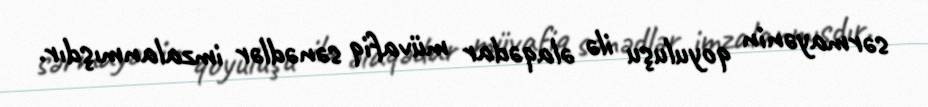
sərmayənin qoyuluşu ilə əlaqədar müvafiq sənədlər imzalanmışdır.